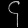
Digit: ၄